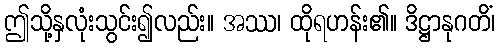
ဤသို့နှလုံးသွင်း၍လည်း။ အဿ၊ ထိုရဟန်း၏။ ဒိဋ္ဌာနုဂတိံ၊